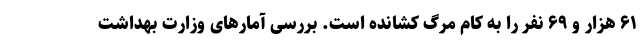
۶۱ هزار و ۶۹ نفر را به کام مرگ کشانده است. بررسی آمارهای وزارت بهداشت